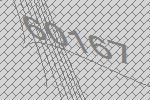
60167